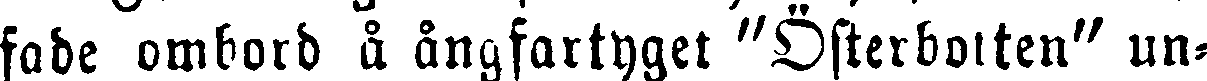
fade ombord å ångfartyget "Österbotten" un-